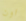
اون